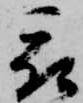
被